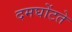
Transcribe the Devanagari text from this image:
दमघोंटते